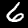
Digit: 6